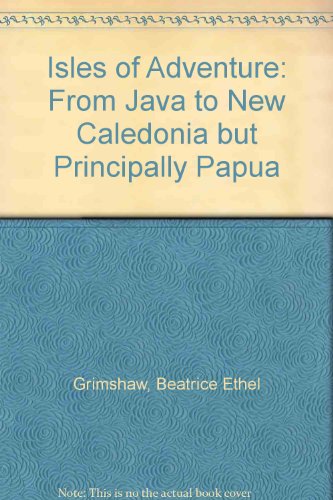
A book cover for Isles of adventure;: From Java to New Caledonia but principally Papua,; Beatrice Ethel Grimshaw; Travel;